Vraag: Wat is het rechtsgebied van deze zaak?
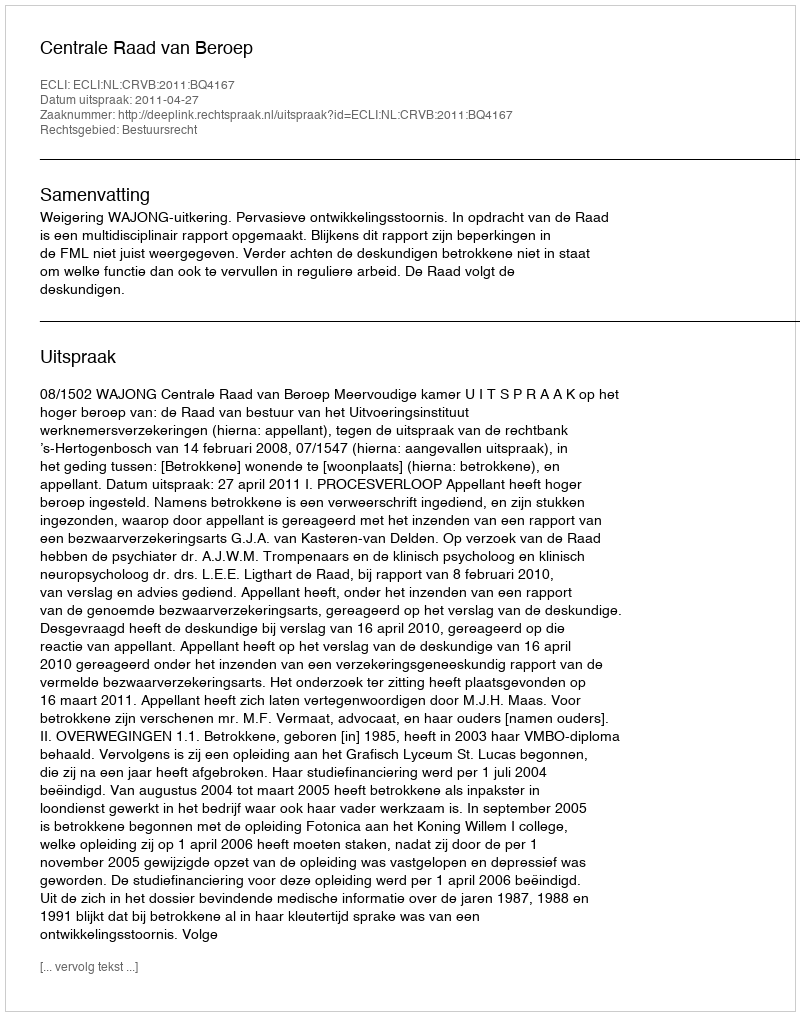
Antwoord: Bestuursrecht